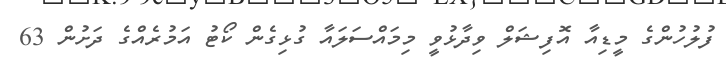
ފުލުހުންގެ މީޑިއާ އޮފިޝަލް ވިދާޅުވީ މިމައްސަލައާ ގުޅިގެން ކޯޓު އަމުރެއްގެ ދަށުން 63